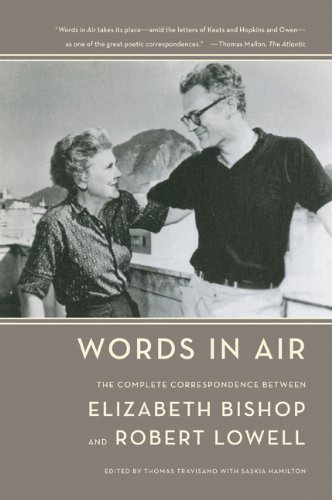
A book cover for Words in Air: The Complete Correspondence Between Elizabeth Bishop and Robert Lowell; Elizabeth Bishop; Literature & Fiction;